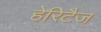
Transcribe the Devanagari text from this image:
हेरिटैज